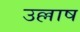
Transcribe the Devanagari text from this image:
उल्लाष